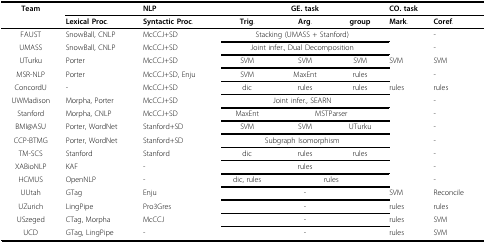
<table><thead><tr><td><b>Team</b></td><td></td><td><b>NLP</b></td><td></td><td><b>GE. task</b></td><td></td><td colspan="2"><b>CO. task</b></td></tr><tr><td></td><td><b>Lexical Proc.</b></td><td><b>Syntactic Proc.</b></td><td><b>Trig.</b></td><td><b>Arg.</b></td><td><b>group</b></td><td><b>Mark.</b></td><td><b>Coref.</b></td></tr></thead><tbody><tr><td>FAUST</td><td>SnowBall, CNLP</td><td>McCCJ+SD</td><td colspan="3">Stacking (UMASS + Stanford)</td><td></td><td>-</td></tr><tr><td>UMASS</td><td>SnowBall, CNLP</td><td>McCCJ+SD</td><td colspan="3">Joint infer., Dual Decomposition</td><td></td><td>-</td></tr><tr><td>UTurku</td><td>Porter</td><td>McCCJ+SD</td><td>SVM</td><td>SVM</td><td>SVM</td><td>SVM</td><td>SVM</td></tr><tr><td>MSR-NLP</td><td>Porter</td><td>McCCJ+SD, Enju</td><td>SVM</td><td>MaxEnt</td><td>rules</td><td></td><td>-</td></tr><tr><td>ConcordU</td><td>-</td><td>McCCJ+SD</td><td>dic</td><td>rules</td><td>rules</td><td>rules</td><td>rules</td></tr><tr><td>UWMadison</td><td>Morpha, Porter</td><td>McCCJ+SD</td><td colspan="3">Joint infer., SEARN</td><td></td><td>-</td></tr><tr><td>Stanford</td><td>Morpha, CNLP</td><td>McCCJ+SD</td><td>MaxEnt</td><td colspan="2">MSTParser</td><td></td><td>-</td></tr><tr><td>BMI@ASU</td><td>Porter, WordNet</td><td>Stanford+SD</td><td>SVM</td><td>SVM</td><td>UTurku</td><td></td><td>-</td></tr><tr><td>CCP-BTMG</td><td>Porter, WordNet</td><td>Stanford+SD</td><td colspan="3">Subgraph Isomorphism</td><td></td><td>-</td></tr><tr><td>TM-SCS</td><td>Stanford</td><td>Stanford</td><td>dic</td><td>rules</td><td>rules</td><td></td><td>-</td></tr><tr><td>XABioNLP</td><td>KAF</td><td>-</td><td></td><td>rules</td><td></td><td></td><td>-</td></tr><tr><td>HCMUS</td><td>OpenNLP</td><td>-</td><td>dic, rules</td><td colspan="2">rules</td><td></td><td>-</td></tr><tr><td>UUtah</td><td>GTag</td><td>Enju</td><td></td><td>-</td><td></td><td>SVM</td><td>Reconcile</td></tr><tr><td>UZurich</td><td>LingPipe</td><td>Pro3Gres</td><td></td><td>-</td><td></td><td>rules</td><td>rules</td></tr><tr><td>USzeged</td><td>CTag, Morpha</td><td>McCCJ</td><td></td><td>-</td><td></td><td>rules</td><td>SVM</td></tr><tr><td>UCD</td><td>GTag, LingPipe</td><td>-</td><td></td><td>-</td><td></td><td>rules</td><td>SVM</td></tr></tbody></table>